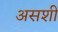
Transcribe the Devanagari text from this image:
असशी